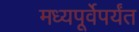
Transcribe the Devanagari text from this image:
मध्यपूर्वेपर्यंत